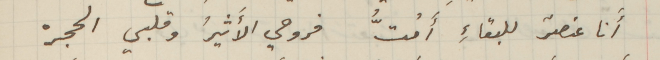
أنا عنصرٌ للبقاءِ أَمُتُّ فروحي الأَثيرُ وقلبي الحجرْ